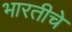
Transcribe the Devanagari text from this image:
भारतीचे